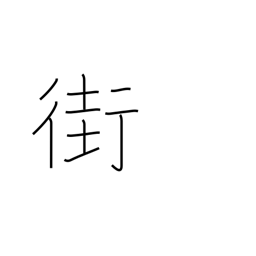
Meaning: street